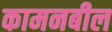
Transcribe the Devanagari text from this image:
कामनबील